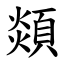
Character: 顃